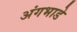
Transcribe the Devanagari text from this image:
अंगभाडे